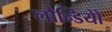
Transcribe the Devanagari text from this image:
लौन्डियोे